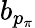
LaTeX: b_{p_{\pi}}